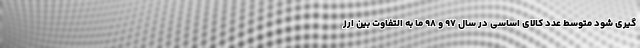
گیری شود متوسط عدد کالای اساسی در سال ٩٧ و ٩٨ ما به التفاوت بین ارز